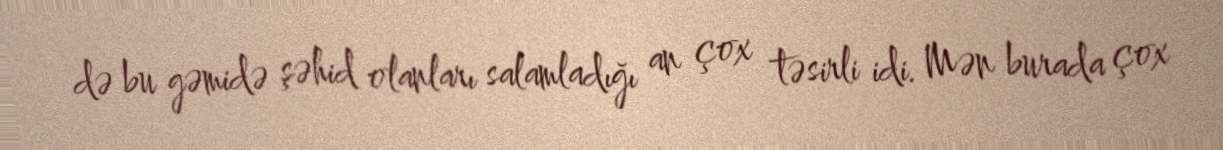
də bu gəmidə şəhid olanları salamladığı an çox təsirli idi. Mən burada çox